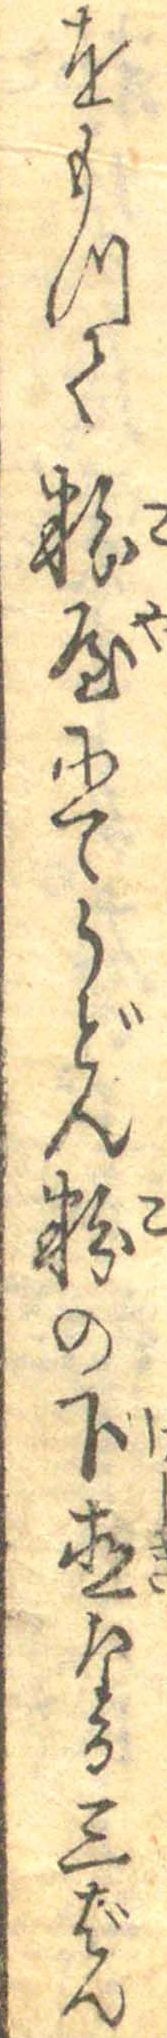
をもつて粉屋にてうどん粉の下直なる三ばん